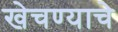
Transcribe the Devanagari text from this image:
खेचण्याचे